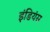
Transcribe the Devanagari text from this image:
इंडियंस